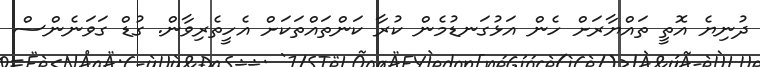
ދުނިޔެ އޮތީ ތައްޔާރަށް ހެން އަޅުގަނޑުމެން ކުރާ ކަންތައްތަކަށް އެހީތެރިވާން. ގުޑް ގަވަނެންސް